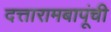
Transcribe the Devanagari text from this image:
दत्तारामबापूंची